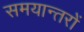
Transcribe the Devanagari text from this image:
समयान्तरों